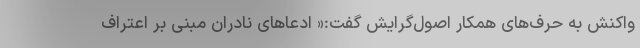
واکنش به حرف‌های همکار اصول‌گرایش گفت:« ادعاهای نادران مبنی بر اعتراف